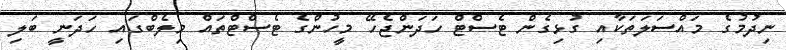
ނިދުމުގެ މައްސަލަތަކާއި ގުޅިގެން ޓެސްޓް ހަދަންޖެހޭ މީހުންގެ ޓެސްޓްތައް މިލެބްގައި ހަދަނީ ބަލި